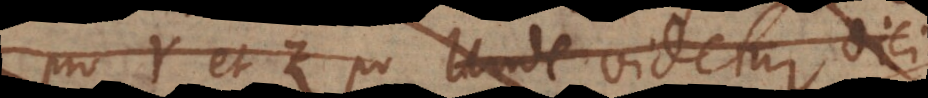
pro Y et Z po Unde videtur dic